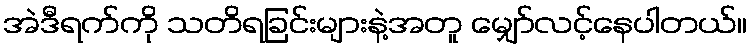
အဲဒီရက်ကို သတိရခြင်းများနဲ့အတူ မျှော်လင့်နေပါတယ်။